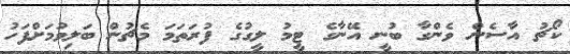
ކޯޗު އާސެން ވެންގާ ބުނީ އޭނާގެ ޓީމު ލީގުގެ ފުރަތަމަ މެޗުން ބަލިވުމަށްފަހު